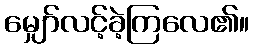
မျှော်လင့်ခဲ့ကြလေ၏။